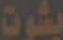
بشوت